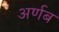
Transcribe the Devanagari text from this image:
अर्णब